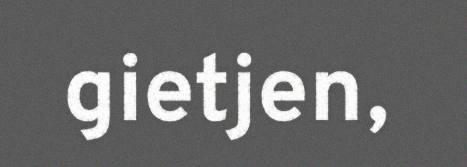
gietjen,